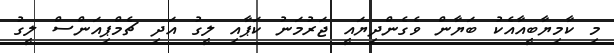
މި ކާމިޔާބީއާއެކު ބަޔާން ވެގެންދިޔައީ ޖަރުމަނު ކަޕާއި ލީގު އަދި ޗެމްޕިއަންސް ލީގު